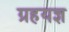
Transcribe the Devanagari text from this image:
ग्रहयज्ञ